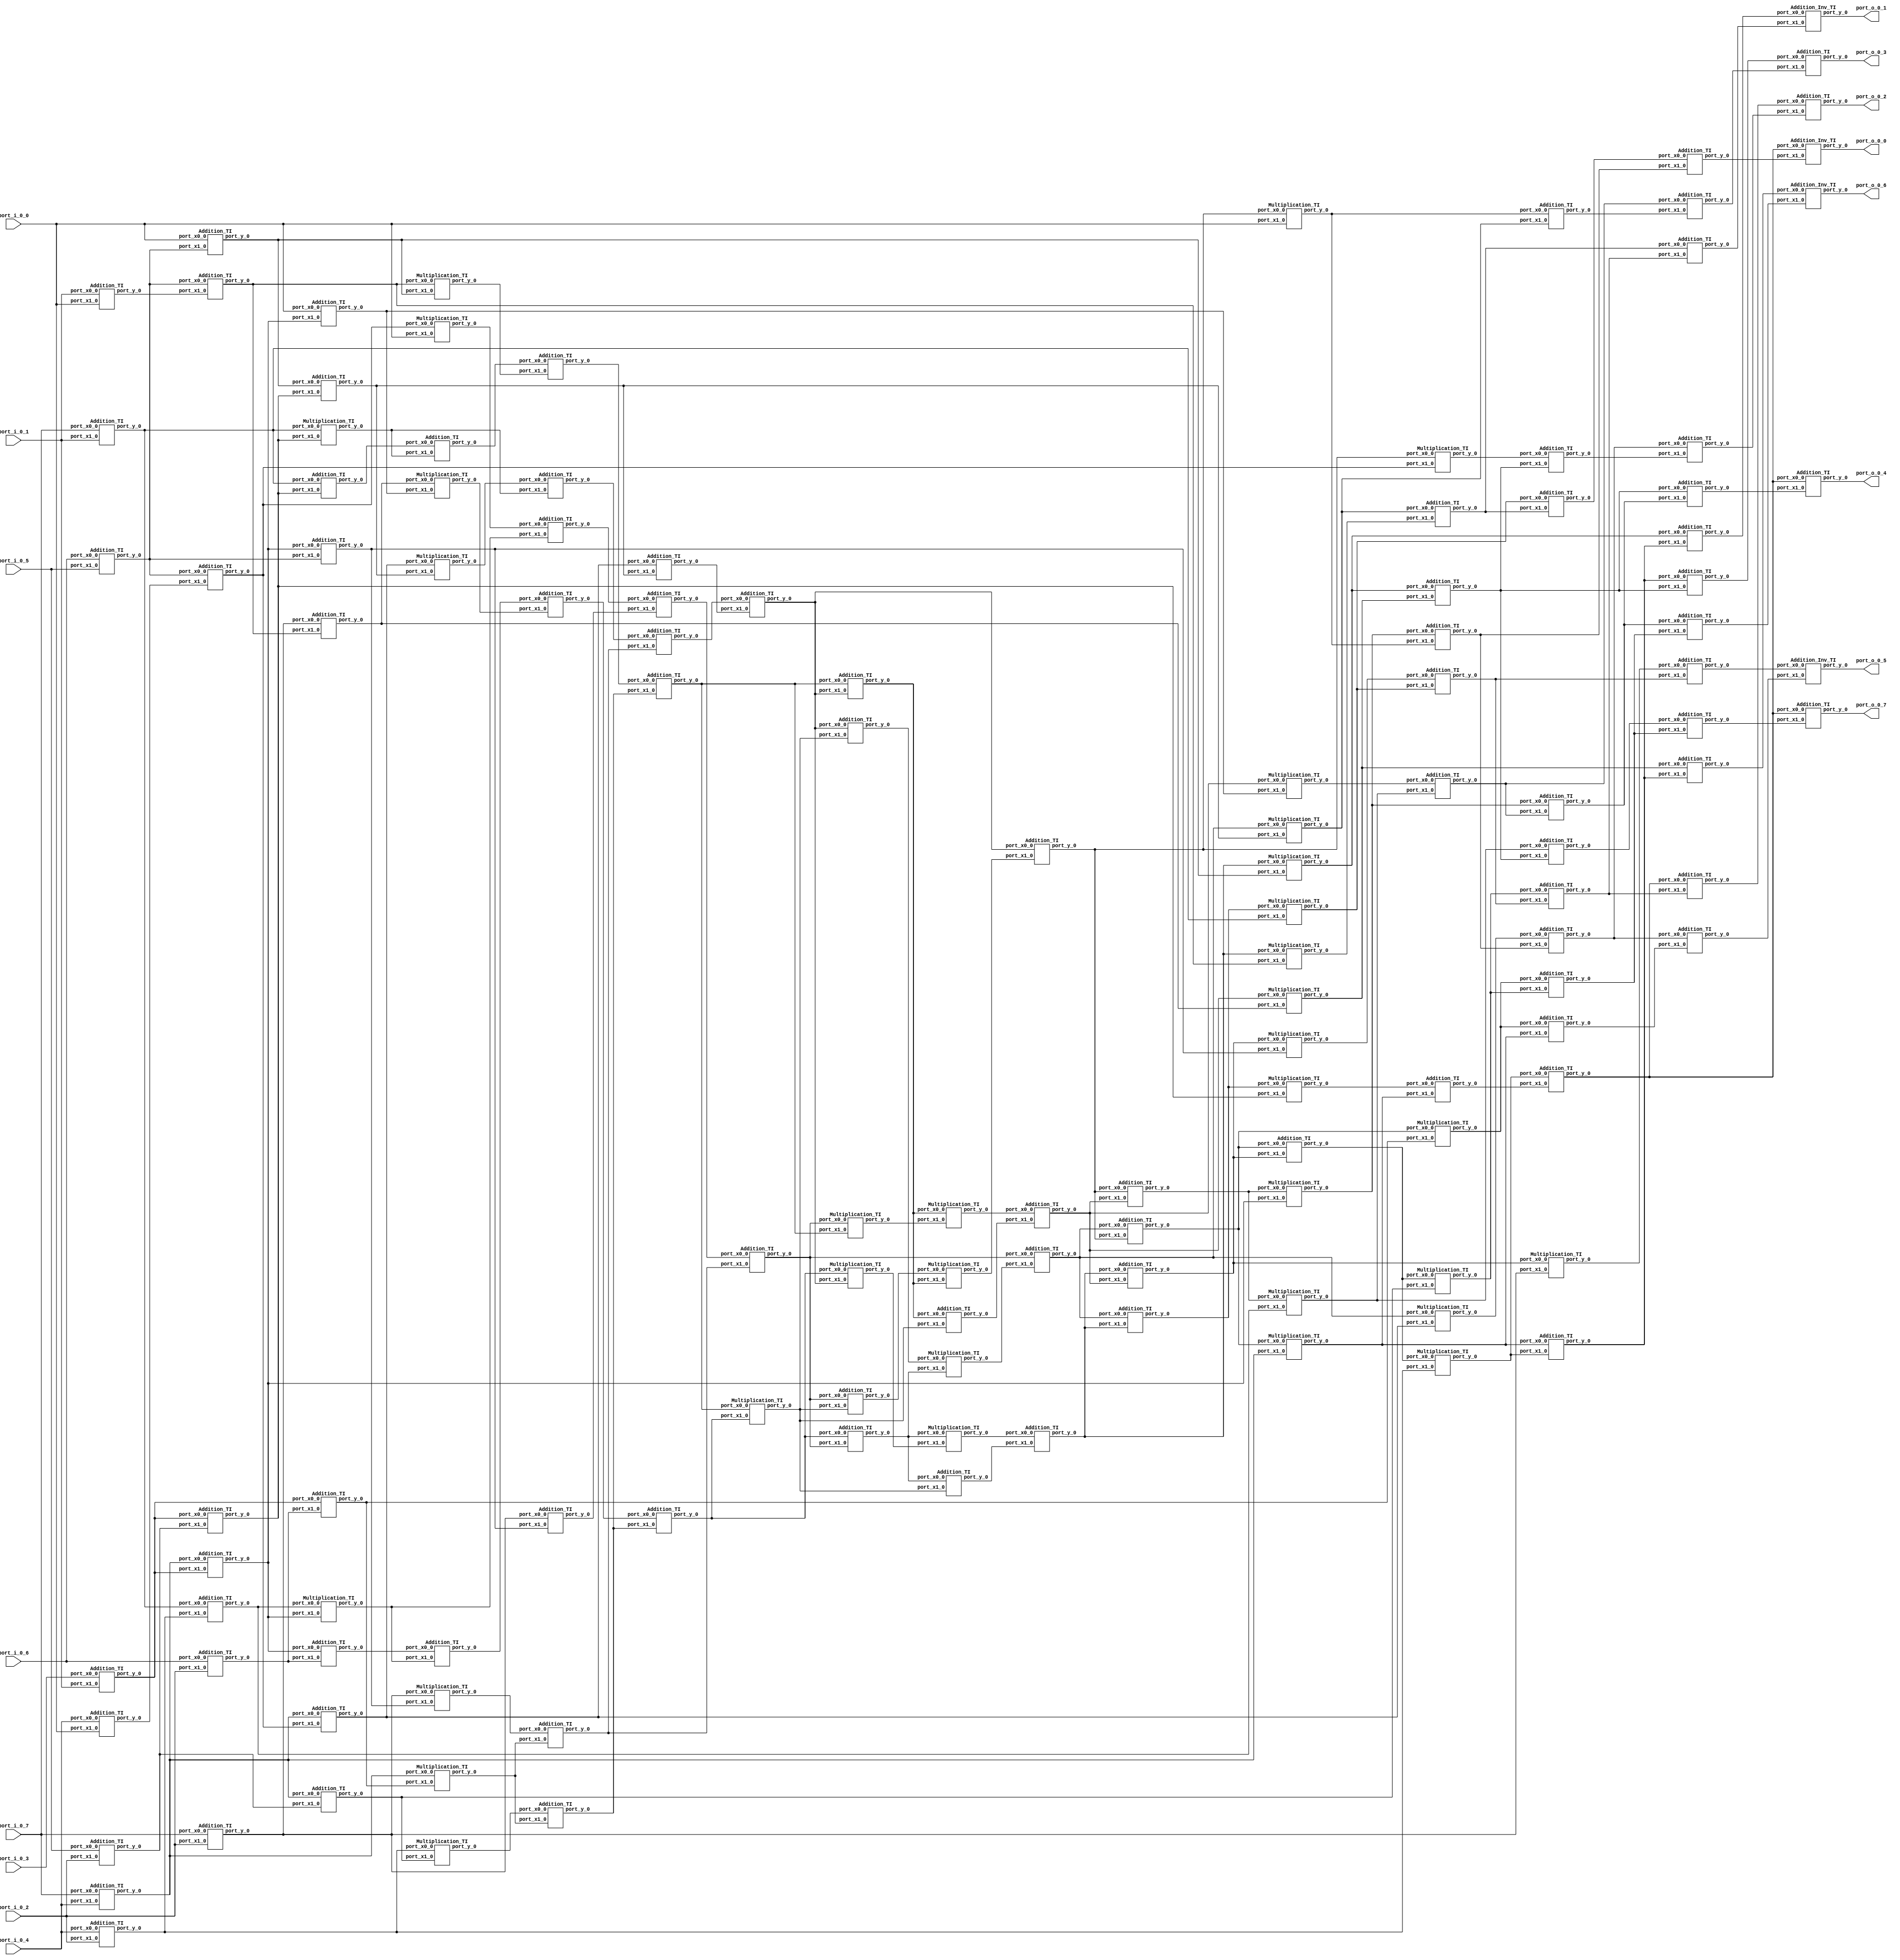
// Generator : SpinalHDL v1.7.3    git head : aeaeece704fe43c766e0d36a93f2ecbb8a9f2003
// Component : Sbox_AES_BoyarPeralta
// Git hash  : db593c14fe8e83f0a4a5d43cf13325e631d65148

`timescale 1ns/1ps

module Sbox_AES_BoyarPeralta (
  input      [2:0]    port_i_0_0,
  input      [2:0]    port_i_0_1,
  input      [2:0]    port_i_0_2,
  input      [2:0]    port_i_0_3,
  input      [2:0]    port_i_0_4,
  input      [2:0]    port_i_0_5,
  input      [2:0]    port_i_0_6,
  input      [2:0]    port_i_0_7,
  output     [2:0]    port_o_0_0,
  output     [2:0]    port_o_0_1,
  output     [2:0]    port_o_0_2,
  output     [2:0]    port_o_0_3,
  output     [2:0]    port_o_0_4,
  output     [2:0]    port_o_0_5,
  output     [2:0]    port_o_0_6,
  output     [2:0]    port_o_0_7
);

  wire       [2:0]    t1_xor_port_y_0;
  wire       [2:0]    t2_xor_port_y_0;
  wire       [2:0]    t3_xor_port_y_0;
  wire       [2:0]    t4_xor_port_y_0;
  wire       [2:0]    t5_xor_port_y_0;
  wire       [2:0]    t6_xor_port_y_0;
  wire       [2:0]    t7_xor_port_y_0;
  wire       [2:0]    t8_xor_port_y_0;
  wire       [2:0]    t9_xor_port_y_0;
  wire       [2:0]    t10_xor_port_y_0;
  wire       [2:0]    t11_xor_port_y_0;
  wire       [2:0]    t12_xor_port_y_0;
  wire       [2:0]    t13_xor_port_y_0;
  wire       [2:0]    t14_xor_port_y_0;
  wire       [2:0]    t15_xor_port_y_0;
  wire       [2:0]    t16_xor_port_y_0;
  wire       [2:0]    t17_xor_port_y_0;
  wire       [2:0]    t18_xor_port_y_0;
  wire       [2:0]    t19_xor_port_y_0;
  wire       [2:0]    t20_xor_port_y_0;
  wire       [2:0]    t21_xor_port_y_0;
  wire       [2:0]    t22_xor_port_y_0;
  wire       [2:0]    t23_xor_port_y_0;
  wire       [2:0]    t24_xor_port_y_0;
  wire       [2:0]    t25_xor_port_y_0;
  wire       [2:0]    t26_xor_port_y_0;
  wire       [2:0]    t27_xor_port_y_0;
  wire       [2:0]    m1_port_y_0;
  wire       [2:0]    m2_port_y_0;
  wire       [2:0]    m4_port_y_0;
  wire       [2:0]    m6_port_y_0;
  wire       [2:0]    m7_port_y_0;
  wire       [2:0]    m9_port_y_0;
  wire       [2:0]    m11_port_y_0;
  wire       [2:0]    m12_port_y_0;
  wire       [2:0]    m14_port_y_0;
  wire       [2:0]    m3_xor_port_y_0;
  wire       [2:0]    m5_xor_port_y_0;
  wire       [2:0]    m8_xor_port_y_0;
  wire       [2:0]    m10_xor_port_y_0;
  wire       [2:0]    m13_xor_port_y_0;
  wire       [2:0]    m15_xor_port_y_0;
  wire       [2:0]    m16_xor_port_y_0;
  wire       [2:0]    m17_xor_port_y_0;
  wire       [2:0]    m18_xor_port_y_0;
  wire       [2:0]    m19_xor_port_y_0;
  wire       [2:0]    m20_xor_port_y_0;
  wire       [2:0]    m21_xor_port_y_0;
  wire       [2:0]    m22_xor_port_y_0;
  wire       [2:0]    m23_xor_port_y_0;
  wire       [2:0]    m24_xor_port_y_0;
  wire       [2:0]    m25_port_y_0;
  wire       [2:0]    m27_xor_port_y_0;
  wire       [2:0]    m31_port_y_0;
  wire       [2:0]    m34_port_y_0;
  wire       [2:0]    m26_xor_port_y_0;
  wire       [2:0]    m28_xor_port_y_0;
  wire       [2:0]    m29_port_y_0;
  wire       [2:0]    m30_port_y_0;
  wire       [2:0]    m32_port_y_0;
  wire       [2:0]    m33_xor_port_y_0;
  wire       [2:0]    m35_port_y_0;
  wire       [2:0]    m36_xor_port_y_0;
  wire       [2:0]    m37_xor_port_y_0;
  wire       [2:0]    m38_xor_port_y_0;
  wire       [2:0]    m39_xor_port_y_0;
  wire       [2:0]    m40_xor_port_y_0;
  wire       [2:0]    m41_xor_port_y_0;
  wire       [2:0]    m42_xor_port_y_0;
  wire       [2:0]    m43_xor_port_y_0;
  wire       [2:0]    m44_xor_port_y_0;
  wire       [2:0]    m45_xor_port_y_0;
  wire       [2:0]    m46_mul_port_y_0;
  wire       [2:0]    m47_mul_port_y_0;
  wire       [2:0]    m48_mul_port_y_0;
  wire       [2:0]    m49_mul_port_y_0;
  wire       [2:0]    m50_mul_port_y_0;
  wire       [2:0]    m51_mul_port_y_0;
  wire       [2:0]    m52_mul_port_y_0;
  wire       [2:0]    m53_mul_port_y_0;
  wire       [2:0]    m54_mul_port_y_0;
  wire       [2:0]    m55_mul_port_y_0;
  wire       [2:0]    m56_mul_port_y_0;
  wire       [2:0]    m57_mul_port_y_0;
  wire       [2:0]    m58_mul_port_y_0;
  wire       [2:0]    m59_mul_port_y_0;
  wire       [2:0]    m60_mul_port_y_0;
  wire       [2:0]    m61_mul_port_y_0;
  wire       [2:0]    m62_mul_port_y_0;
  wire       [2:0]    m63_mul_port_y_0;
  wire       [2:0]    l0_xor_port_y_0;
  wire       [2:0]    l1_xor_port_y_0;
  wire       [2:0]    l2_xor_port_y_0;
  wire       [2:0]    l3_xor_port_y_0;
  wire       [2:0]    l4_xor_port_y_0;
  wire       [2:0]    l5_xor_port_y_0;
  wire       [2:0]    l6_xor_port_y_0;
  wire       [2:0]    l7_xor_port_y_0;
  wire       [2:0]    l8_xor_port_y_0;
  wire       [2:0]    l9_xor_port_y_0;
  wire       [2:0]    l10_xor_port_y_0;
  wire       [2:0]    l11_xor_port_y_0;
  wire       [2:0]    l12_xor_port_y_0;
  wire       [2:0]    l13_xor_port_y_0;
  wire       [2:0]    l14_xor_port_y_0;
  wire       [2:0]    l15_xor_port_y_0;
  wire       [2:0]    l16_xor_port_y_0;
  wire       [2:0]    l17_xor_port_y_0;
  wire       [2:0]    l18_xor_port_y_0;
  wire       [2:0]    l19_xor_port_y_0;
  wire       [2:0]    l20_xor_port_y_0;
  wire       [2:0]    l21_xor_port_y_0;
  wire       [2:0]    l22_xor_port_y_0;
  wire       [2:0]    l23_xor_port_y_0;
  wire       [2:0]    l24_xor_port_y_0;
  wire       [2:0]    l25_xor_port_y_0;
  wire       [2:0]    l26_xor_port_y_0;
  wire       [2:0]    l27_xor_port_y_0;
  wire       [2:0]    l28_xor_port_y_0;
  wire       [2:0]    l29_xor_port_y_0;
  wire       [2:0]    s0_port_y_0;
  wire       [2:0]    s1_port_y_0;
  wire       [2:0]    s2_port_y_0;
  wire       [2:0]    s3_port_y_0;
  wire       [2:0]    s4_port_y_0;
  wire       [2:0]    s5_port_y_0;
  wire       [2:0]    s6_port_y_0;
  wire       [2:0]    s7_port_y_0;
  wire       [2:0]    in_x0_0;
  wire       [2:0]    in_x1_0;
  wire       [2:0]    in_x2_0;
  wire       [2:0]    in_x3_0;
  wire       [2:0]    in_x4_0;
  wire       [2:0]    in_x5_0;
  wire       [2:0]    in_x6_0;
  wire       [2:0]    in_x7_0;
  wire       [2:0]    out_y0_0;
  wire       [2:0]    out_y1_0;
  wire       [2:0]    out_y2_0;
  wire       [2:0]    out_y3_0;
  wire       [2:0]    out_y4_0;
  wire       [2:0]    out_y5_0;
  wire       [2:0]    out_y6_0;
  wire       [2:0]    out_y7_0;
  wire       [2:0]    x7_0;
  wire       [2:0]    t1_0;
  wire       [2:0]    t2_0;
  wire       [2:0]    t3_0;
  wire       [2:0]    t4_0;
  wire       [2:0]    t6_0;
  wire       [2:0]    t7_0;
  wire       [2:0]    t8_0;
  wire       [2:0]    t9_0;
  wire       [2:0]    t10_0;
  wire       [2:0]    t13_0;
  wire       [2:0]    t14_0;
  wire       [2:0]    t15_0;
  wire       [2:0]    t16_0;
  wire       [2:0]    t17_0;
  wire       [2:0]    t19_0;
  wire       [2:0]    t20_0;
  wire       [2:0]    t22_0;
  wire       [2:0]    t23_0;
  wire       [2:0]    t24_0;
  wire       [2:0]    t25_0;
  wire       [2:0]    t26_0;
  wire       [2:0]    t27_0;
  wire       [2:0]    x7_1_0;
  wire       [2:0]    t1_1_0;
  wire       [2:0]    t2_1_0;
  wire       [2:0]    t3_1_0;
  wire       [2:0]    t4_1_0;
  wire       [2:0]    t6_1_0;
  wire       [2:0]    t8_1_0;
  wire       [2:0]    t9_1_0;
  wire       [2:0]    t10_1_0;
  wire       [2:0]    t13_1_0;
  wire       [2:0]    t15_1_0;
  wire       [2:0]    t16_1_0;
  wire       [2:0]    t17_1_0;
  wire       [2:0]    t19_1_0;
  wire       [2:0]    t20_1_0;
  wire       [2:0]    t22_1_0;
  wire       [2:0]    t23_1_0;
  wire       [2:0]    t27_1_0;
  wire       [2:0]    m21_0;
  wire       [2:0]    m23_0;
  wire       [2:0]    m24_0;
  wire       [2:0]    m27_0;
  wire       [2:0]    x7_2_0;
  wire       [2:0]    t1_2_0;
  wire       [2:0]    t2_2_0;
  wire       [2:0]    t3_2_0;
  wire       [2:0]    t4_2_0;
  wire       [2:0]    t6_2_0;
  wire       [2:0]    t8_2_0;
  wire       [2:0]    t9_2_0;
  wire       [2:0]    t10_2_0;
  wire       [2:0]    t13_2_0;
  wire       [2:0]    t15_2_0;
  wire       [2:0]    t16_2_0;
  wire       [2:0]    t17_2_0;
  wire       [2:0]    t19_2_0;
  wire       [2:0]    t20_2_0;
  wire       [2:0]    t22_2_0;
  wire       [2:0]    t23_2_0;
  wire       [2:0]    t27_2_0;
  wire       [2:0]    m21_1_0;
  wire       [2:0]    m23_1_0;
  wire       [2:0]    m33_0;
  wire       [2:0]    m36_0;

  Addition_TI t1_xor (
    .port_x0_0 (in_x0_0[2:0]        ), //i
    .port_x1_0 (in_x3_0[2:0]        ), //i
    .port_y_0  (t1_xor_port_y_0[2:0])  //o
  );
  Addition_TI t2_xor (
    .port_x0_0 (in_x0_0[2:0]        ), //i
    .port_x1_0 (in_x5_0[2:0]        ), //i
    .port_y_0  (t2_xor_port_y_0[2:0])  //o
  );
  Addition_TI t3_xor (
    .port_x0_0 (in_x0_0[2:0]        ), //i
    .port_x1_0 (in_x6_0[2:0]        ), //i
    .port_y_0  (t3_xor_port_y_0[2:0])  //o
  );
  Addition_TI t4_xor (
    .port_x0_0 (in_x3_0[2:0]        ), //i
    .port_x1_0 (in_x5_0[2:0]        ), //i
    .port_y_0  (t4_xor_port_y_0[2:0])  //o
  );
  Addition_TI t5_xor (
    .port_x0_0 (in_x4_0[2:0]        ), //i
    .port_x1_0 (in_x6_0[2:0]        ), //i
    .port_y_0  (t5_xor_port_y_0[2:0])  //o
  );
  Addition_TI t6_xor (
    .port_x0_0 (t1_xor_port_y_0[2:0]), //i
    .port_x1_0 (t5_xor_port_y_0[2:0]), //i
    .port_y_0  (t6_xor_port_y_0[2:0])  //o
  );
  Addition_TI t7_xor (
    .port_x0_0 (in_x1_0[2:0]        ), //i
    .port_x1_0 (in_x2_0[2:0]        ), //i
    .port_y_0  (t7_xor_port_y_0[2:0])  //o
  );
  Addition_TI t8_xor (
    .port_x0_0 (in_x7_0[2:0]        ), //i
    .port_x1_0 (t6_xor_port_y_0[2:0]), //i
    .port_y_0  (t8_xor_port_y_0[2:0])  //o
  );
  Addition_TI t9_xor (
    .port_x0_0 (in_x7_0[2:0]        ), //i
    .port_x1_0 (t7_xor_port_y_0[2:0]), //i
    .port_y_0  (t9_xor_port_y_0[2:0])  //o
  );
  Addition_TI t10_xor (
    .port_x0_0 (t6_xor_port_y_0[2:0] ), //i
    .port_x1_0 (t7_xor_port_y_0[2:0] ), //i
    .port_y_0  (t10_xor_port_y_0[2:0])  //o
  );
  Addition_TI t11_xor (
    .port_x0_0 (in_x1_0[2:0]         ), //i
    .port_x1_0 (in_x5_0[2:0]         ), //i
    .port_y_0  (t11_xor_port_y_0[2:0])  //o
  );
  Addition_TI t12_xor (
    .port_x0_0 (in_x2_0[2:0]         ), //i
    .port_x1_0 (in_x5_0[2:0]         ), //i
    .port_y_0  (t12_xor_port_y_0[2:0])  //o
  );
  Addition_TI t13_xor (
    .port_x0_0 (t3_xor_port_y_0[2:0] ), //i
    .port_x1_0 (t4_xor_port_y_0[2:0] ), //i
    .port_y_0  (t13_xor_port_y_0[2:0])  //o
  );
  Addition_TI t14_xor (
    .port_x0_0 (t6_xor_port_y_0[2:0] ), //i
    .port_x1_0 (t11_xor_port_y_0[2:0]), //i
    .port_y_0  (t14_xor_port_y_0[2:0])  //o
  );
  Addition_TI t15_xor (
    .port_x0_0 (t5_xor_port_y_0[2:0] ), //i
    .port_x1_0 (t11_xor_port_y_0[2:0]), //i
    .port_y_0  (t15_xor_port_y_0[2:0])  //o
  );
  Addition_TI t16_xor (
    .port_x0_0 (t5_xor_port_y_0[2:0] ), //i
    .port_x1_0 (t12_xor_port_y_0[2:0]), //i
    .port_y_0  (t16_xor_port_y_0[2:0])  //o
  );
  Addition_TI t17_xor (
    .port_x0_0 (t9_xor_port_y_0[2:0] ), //i
    .port_x1_0 (t16_xor_port_y_0[2:0]), //i
    .port_y_0  (t17_xor_port_y_0[2:0])  //o
  );
  Addition_TI t18_xor (
    .port_x0_0 (in_x3_0[2:0]         ), //i
    .port_x1_0 (in_x7_0[2:0]         ), //i
    .port_y_0  (t18_xor_port_y_0[2:0])  //o
  );
  Addition_TI t19_xor (
    .port_x0_0 (t7_xor_port_y_0[2:0] ), //i
    .port_x1_0 (t18_xor_port_y_0[2:0]), //i
    .port_y_0  (t19_xor_port_y_0[2:0])  //o
  );
  Addition_TI t20_xor (
    .port_x0_0 (t1_xor_port_y_0[2:0] ), //i
    .port_x1_0 (t19_xor_port_y_0[2:0]), //i
    .port_y_0  (t20_xor_port_y_0[2:0])  //o
  );
  Addition_TI t21_xor (
    .port_x0_0 (in_x6_0[2:0]         ), //i
    .port_x1_0 (in_x7_0[2:0]         ), //i
    .port_y_0  (t21_xor_port_y_0[2:0])  //o
  );
  Addition_TI t22_xor (
    .port_x0_0 (t7_xor_port_y_0[2:0] ), //i
    .port_x1_0 (t21_xor_port_y_0[2:0]), //i
    .port_y_0  (t22_xor_port_y_0[2:0])  //o
  );
  Addition_TI t23_xor (
    .port_x0_0 (t2_xor_port_y_0[2:0] ), //i
    .port_x1_0 (t22_xor_port_y_0[2:0]), //i
    .port_y_0  (t23_xor_port_y_0[2:0])  //o
  );
  Addition_TI t24_xor (
    .port_x0_0 (t2_xor_port_y_0[2:0] ), //i
    .port_x1_0 (t10_xor_port_y_0[2:0]), //i
    .port_y_0  (t24_xor_port_y_0[2:0])  //o
  );
  Addition_TI t25_xor (
    .port_x0_0 (t20_xor_port_y_0[2:0]), //i
    .port_x1_0 (t17_xor_port_y_0[2:0]), //i
    .port_y_0  (t25_xor_port_y_0[2:0])  //o
  );
  Addition_TI t26_xor (
    .port_x0_0 (t3_xor_port_y_0[2:0] ), //i
    .port_x1_0 (t16_xor_port_y_0[2:0]), //i
    .port_y_0  (t26_xor_port_y_0[2:0])  //o
  );
  Addition_TI t27_xor (
    .port_x0_0 (t1_xor_port_y_0[2:0] ), //i
    .port_x1_0 (t12_xor_port_y_0[2:0]), //i
    .port_y_0  (t27_xor_port_y_0[2:0])  //o
  );
  Multiplication_TI m1 (
    .port_x0_0 (t13_xor_port_y_0[2:0]), //i
    .port_x1_0 (t6_xor_port_y_0[2:0] ), //i
    .port_y_0  (m1_port_y_0[2:0]     )  //o
  );
  Multiplication_TI m2 (
    .port_x0_0 (t23_xor_port_y_0[2:0]), //i
    .port_x1_0 (t8_xor_port_y_0[2:0] ), //i
    .port_y_0  (m2_port_y_0[2:0]     )  //o
  );
  Multiplication_TI m4 (
    .port_x0_0 (t19_xor_port_y_0[2:0]), //i
    .port_x1_0 (in_x7_0[2:0]         ), //i
    .port_y_0  (m4_port_y_0[2:0]     )  //o
  );
  Multiplication_TI m6 (
    .port_x0_0 (t3_xor_port_y_0[2:0] ), //i
    .port_x1_0 (t16_xor_port_y_0[2:0]), //i
    .port_y_0  (m6_port_y_0[2:0]     )  //o
  );
  Multiplication_TI m7 (
    .port_x0_0 (t22_xor_port_y_0[2:0]), //i
    .port_x1_0 (t9_xor_port_y_0[2:0] ), //i
    .port_y_0  (m7_port_y_0[2:0]     )  //o
  );
  Multiplication_TI m9 (
    .port_x0_0 (t20_xor_port_y_0[2:0]), //i
    .port_x1_0 (t17_xor_port_y_0[2:0]), //i
    .port_y_0  (m9_port_y_0[2:0]     )  //o
  );
  Multiplication_TI m11 (
    .port_x0_0 (t1_xor_port_y_0[2:0] ), //i
    .port_x1_0 (t15_xor_port_y_0[2:0]), //i
    .port_y_0  (m11_port_y_0[2:0]    )  //o
  );
  Multiplication_TI m12 (
    .port_x0_0 (t4_xor_port_y_0[2:0] ), //i
    .port_x1_0 (t27_xor_port_y_0[2:0]), //i
    .port_y_0  (m12_port_y_0[2:0]    )  //o
  );
  Multiplication_TI m14 (
    .port_x0_0 (t2_xor_port_y_0[2:0] ), //i
    .port_x1_0 (t10_xor_port_y_0[2:0]), //i
    .port_y_0  (m14_port_y_0[2:0]    )  //o
  );
  Addition_TI m3_xor (
    .port_x0_0 (t14_0[2:0]          ), //i
    .port_x1_0 (m1_port_y_0[2:0]    ), //i
    .port_y_0  (m3_xor_port_y_0[2:0])  //o
  );
  Addition_TI m5_xor (
    .port_x0_0 (m4_port_y_0[2:0]    ), //i
    .port_x1_0 (m1_port_y_0[2:0]    ), //i
    .port_y_0  (m5_xor_port_y_0[2:0])  //o
  );
  Addition_TI m8_xor (
    .port_x0_0 (t26_0[2:0]          ), //i
    .port_x1_0 (m6_port_y_0[2:0]    ), //i
    .port_y_0  (m8_xor_port_y_0[2:0])  //o
  );
  Addition_TI m10_xor (
    .port_x0_0 (m9_port_y_0[2:0]     ), //i
    .port_x1_0 (m6_port_y_0[2:0]     ), //i
    .port_y_0  (m10_xor_port_y_0[2:0])  //o
  );
  Addition_TI m13_xor (
    .port_x0_0 (m12_port_y_0[2:0]    ), //i
    .port_x1_0 (m11_port_y_0[2:0]    ), //i
    .port_y_0  (m13_xor_port_y_0[2:0])  //o
  );
  Addition_TI m15_xor (
    .port_x0_0 (m14_port_y_0[2:0]    ), //i
    .port_x1_0 (m11_port_y_0[2:0]    ), //i
    .port_y_0  (m15_xor_port_y_0[2:0])  //o
  );
  Addition_TI m16_xor (
    .port_x0_0 (m3_xor_port_y_0[2:0] ), //i
    .port_x1_0 (m2_port_y_0[2:0]     ), //i
    .port_y_0  (m16_xor_port_y_0[2:0])  //o
  );
  Addition_TI m17_xor (
    .port_x0_0 (m5_xor_port_y_0[2:0] ), //i
    .port_x1_0 (t24_0[2:0]           ), //i
    .port_y_0  (m17_xor_port_y_0[2:0])  //o
  );
  Addition_TI m18_xor (
    .port_x0_0 (m8_xor_port_y_0[2:0] ), //i
    .port_x1_0 (m7_port_y_0[2:0]     ), //i
    .port_y_0  (m18_xor_port_y_0[2:0])  //o
  );
  Addition_TI m19_xor (
    .port_x0_0 (m10_xor_port_y_0[2:0]), //i
    .port_x1_0 (m15_xor_port_y_0[2:0]), //i
    .port_y_0  (m19_xor_port_y_0[2:0])  //o
  );
  Addition_TI m20_xor (
    .port_x0_0 (m16_xor_port_y_0[2:0]), //i
    .port_x1_0 (m13_xor_port_y_0[2:0]), //i
    .port_y_0  (m20_xor_port_y_0[2:0])  //o
  );
  Addition_TI m21_xor (
    .port_x0_0 (m17_xor_port_y_0[2:0]), //i
    .port_x1_0 (m15_xor_port_y_0[2:0]), //i
    .port_y_0  (m21_xor_port_y_0[2:0])  //o
  );
  Addition_TI m22_xor (
    .port_x0_0 (m18_xor_port_y_0[2:0]), //i
    .port_x1_0 (m13_xor_port_y_0[2:0]), //i
    .port_y_0  (m22_xor_port_y_0[2:0])  //o
  );
  Addition_TI m23_xor (
    .port_x0_0 (m19_xor_port_y_0[2:0]), //i
    .port_x1_0 (t25_0[2:0]           ), //i
    .port_y_0  (m23_xor_port_y_0[2:0])  //o
  );
  Addition_TI m24_xor (
    .port_x0_0 (m22_xor_port_y_0[2:0]), //i
    .port_x1_0 (m23_xor_port_y_0[2:0]), //i
    .port_y_0  (m24_xor_port_y_0[2:0])  //o
  );
  Multiplication_TI m25 (
    .port_x0_0 (m22_xor_port_y_0[2:0]), //i
    .port_x1_0 (m20_xor_port_y_0[2:0]), //i
    .port_y_0  (m25_port_y_0[2:0]    )  //o
  );
  Addition_TI m27_xor (
    .port_x0_0 (m20_xor_port_y_0[2:0]), //i
    .port_x1_0 (m21_xor_port_y_0[2:0]), //i
    .port_y_0  (m27_xor_port_y_0[2:0])  //o
  );
  Multiplication_TI m31 (
    .port_x0_0 (m20_xor_port_y_0[2:0]), //i
    .port_x1_0 (m23_xor_port_y_0[2:0]), //i
    .port_y_0  (m31_port_y_0[2:0]    )  //o
  );
  Multiplication_TI m34 (
    .port_x0_0 (m21_xor_port_y_0[2:0]), //i
    .port_x1_0 (m22_xor_port_y_0[2:0]), //i
    .port_y_0  (m34_port_y_0[2:0]    )  //o
  );
  Addition_TI m26_xor (
    .port_x0_0 (m21_0[2:0]           ), //i
    .port_x1_0 (m25_port_y_0[2:0]    ), //i
    .port_y_0  (m26_xor_port_y_0[2:0])  //o
  );
  Addition_TI m28_xor (
    .port_x0_0 (m23_0[2:0]           ), //i
    .port_x1_0 (m25_port_y_0[2:0]    ), //i
    .port_y_0  (m28_xor_port_y_0[2:0])  //o
  );
  Multiplication_TI m29 (
    .port_x0_0 (m28_xor_port_y_0[2:0]), //i
    .port_x1_0 (m27_0[2:0]           ), //i
    .port_y_0  (m29_port_y_0[2:0]    )  //o
  );
  Multiplication_TI m30 (
    .port_x0_0 (m26_xor_port_y_0[2:0]), //i
    .port_x1_0 (m24_0[2:0]           ), //i
    .port_y_0  (m30_port_y_0[2:0]    )  //o
  );
  Multiplication_TI m32 (
    .port_x0_0 (m27_0[2:0]       ), //i
    .port_x1_0 (m31_port_y_0[2:0]), //i
    .port_y_0  (m32_port_y_0[2:0])  //o
  );
  Addition_TI m33_xor (
    .port_x0_0 (m27_0[2:0]           ), //i
    .port_x1_0 (m25_port_y_0[2:0]    ), //i
    .port_y_0  (m33_xor_port_y_0[2:0])  //o
  );
  Multiplication_TI m35 (
    .port_x0_0 (m24_0[2:0]       ), //i
    .port_x1_0 (m34_port_y_0[2:0]), //i
    .port_y_0  (m35_port_y_0[2:0])  //o
  );
  Addition_TI m36_xor (
    .port_x0_0 (m24_0[2:0]           ), //i
    .port_x1_0 (m25_port_y_0[2:0]    ), //i
    .port_y_0  (m36_xor_port_y_0[2:0])  //o
  );
  Addition_TI m37_xor (
    .port_x0_0 (m21_1_0[2:0]         ), //i
    .port_x1_0 (m29_port_y_0[2:0]    ), //i
    .port_y_0  (m37_xor_port_y_0[2:0])  //o
  );
  Addition_TI m38_xor (
    .port_x0_0 (m32_port_y_0[2:0]    ), //i
    .port_x1_0 (m33_0[2:0]           ), //i
    .port_y_0  (m38_xor_port_y_0[2:0])  //o
  );
  Addition_TI m39_xor (
    .port_x0_0 (m23_1_0[2:0]         ), //i
    .port_x1_0 (m30_port_y_0[2:0]    ), //i
    .port_y_0  (m39_xor_port_y_0[2:0])  //o
  );
  Addition_TI m40_xor (
    .port_x0_0 (m35_port_y_0[2:0]    ), //i
    .port_x1_0 (m36_0[2:0]           ), //i
    .port_y_0  (m40_xor_port_y_0[2:0])  //o
  );
  Addition_TI m41_xor (
    .port_x0_0 (m38_xor_port_y_0[2:0]), //i
    .port_x1_0 (m40_xor_port_y_0[2:0]), //i
    .port_y_0  (m41_xor_port_y_0[2:0])  //o
  );
  Addition_TI m42_xor (
    .port_x0_0 (m37_xor_port_y_0[2:0]), //i
    .port_x1_0 (m39_xor_port_y_0[2:0]), //i
    .port_y_0  (m42_xor_port_y_0[2:0])  //o
  );
  Addition_TI m43_xor (
    .port_x0_0 (m37_xor_port_y_0[2:0]), //i
    .port_x1_0 (m38_xor_port_y_0[2:0]), //i
    .port_y_0  (m43_xor_port_y_0[2:0])  //o
  );
  Addition_TI m44_xor (
    .port_x0_0 (m39_xor_port_y_0[2:0]), //i
    .port_x1_0 (m40_xor_port_y_0[2:0]), //i
    .port_y_0  (m44_xor_port_y_0[2:0])  //o
  );
  Addition_TI m45_xor (
    .port_x0_0 (m42_xor_port_y_0[2:0]), //i
    .port_x1_0 (m41_xor_port_y_0[2:0]), //i
    .port_y_0  (m45_xor_port_y_0[2:0])  //o
  );
  Multiplication_TI m46_mul (
    .port_x0_0 (m44_xor_port_y_0[2:0]), //i
    .port_x1_0 (t6_2_0[2:0]          ), //i
    .port_y_0  (m46_mul_port_y_0[2:0])  //o
  );
  Multiplication_TI m47_mul (
    .port_x0_0 (m40_xor_port_y_0[2:0]), //i
    .port_x1_0 (t8_2_0[2:0]          ), //i
    .port_y_0  (m47_mul_port_y_0[2:0])  //o
  );
  Multiplication_TI m48_mul (
    .port_x0_0 (m39_xor_port_y_0[2:0]), //i
    .port_x1_0 (x7_2_0[2:0]          ), //i
    .port_y_0  (m48_mul_port_y_0[2:0])  //o
  );
  Multiplication_TI m49_mul (
    .port_x0_0 (m43_xor_port_y_0[2:0]), //i
    .port_x1_0 (t16_1_0[2:0]         ), //i
    .port_y_0  (m49_mul_port_y_0[2:0])  //o
  );
  Multiplication_TI m50_mul (
    .port_x0_0 (m38_xor_port_y_0[2:0]), //i
    .port_x1_0 (t9_2_0[2:0]          ), //i
    .port_y_0  (m50_mul_port_y_0[2:0])  //o
  );
  Multiplication_TI m51_mul (
    .port_x0_0 (m37_xor_port_y_0[2:0]), //i
    .port_x1_0 (t17_2_0[2:0]         ), //i
    .port_y_0  (m51_mul_port_y_0[2:0])  //o
  );
  Multiplication_TI m52_mul (
    .port_x0_0 (m42_xor_port_y_0[2:0]), //i
    .port_x1_0 (t15_2_0[2:0]         ), //i
    .port_y_0  (m52_mul_port_y_0[2:0])  //o
  );
  Multiplication_TI m53_mul (
    .port_x0_0 (m45_xor_port_y_0[2:0]), //i
    .port_x1_0 (t27_2_0[2:0]         ), //i
    .port_y_0  (m53_mul_port_y_0[2:0])  //o
  );
  Multiplication_TI m54_mul (
    .port_x0_0 (m41_xor_port_y_0[2:0]), //i
    .port_x1_0 (t10_2_0[2:0]         ), //i
    .port_y_0  (m54_mul_port_y_0[2:0])  //o
  );
  Multiplication_TI m55_mul (
    .port_x0_0 (m44_xor_port_y_0[2:0]), //i
    .port_x1_0 (t13_2_0[2:0]         ), //i
    .port_y_0  (m55_mul_port_y_0[2:0])  //o
  );
  Multiplication_TI m56_mul (
    .port_x0_0 (m40_xor_port_y_0[2:0]), //i
    .port_x1_0 (t23_2_0[2:0]         ), //i
    .port_y_0  (m56_mul_port_y_0[2:0])  //o
  );
  Multiplication_TI m57_mul (
    .port_x0_0 (m39_xor_port_y_0[2:0]), //i
    .port_x1_0 (t19_2_0[2:0]         ), //i
    .port_y_0  (m57_mul_port_y_0[2:0])  //o
  );
  Multiplication_TI m58_mul (
    .port_x0_0 (m43_xor_port_y_0[2:0]), //i
    .port_x1_0 (t3_2_0[2:0]          ), //i
    .port_y_0  (m58_mul_port_y_0[2:0])  //o
  );
  Multiplication_TI m59_mul (
    .port_x0_0 (m38_xor_port_y_0[2:0]), //i
    .port_x1_0 (t22_2_0[2:0]         ), //i
    .port_y_0  (m59_mul_port_y_0[2:0])  //o
  );
  Multiplication_TI m60_mul (
    .port_x0_0 (m37_xor_port_y_0[2:0]), //i
    .port_x1_0 (t20_2_0[2:0]         ), //i
    .port_y_0  (m60_mul_port_y_0[2:0])  //o
  );
  Multiplication_TI m61_mul (
    .port_x0_0 (m42_xor_port_y_0[2:0]), //i
    .port_x1_0 (t1_2_0[2:0]          ), //i
    .port_y_0  (m61_mul_port_y_0[2:0])  //o
  );
  Multiplication_TI m62_mul (
    .port_x0_0 (m45_xor_port_y_0[2:0]), //i
    .port_x1_0 (t4_2_0[2:0]          ), //i
    .port_y_0  (m62_mul_port_y_0[2:0])  //o
  );
  Multiplication_TI m63_mul (
    .port_x0_0 (m41_xor_port_y_0[2:0]), //i
    .port_x1_0 (t2_2_0[2:0]          ), //i
    .port_y_0  (m63_mul_port_y_0[2:0])  //o
  );
  Addition_TI l0_xor (
    .port_x0_0 (m61_mul_port_y_0[2:0]), //i
    .port_x1_0 (m62_mul_port_y_0[2:0]), //i
    .port_y_0  (l0_xor_port_y_0[2:0] )  //o
  );
  Addition_TI l1_xor (
    .port_x0_0 (m50_mul_port_y_0[2:0]), //i
    .port_x1_0 (m56_mul_port_y_0[2:0]), //i
    .port_y_0  (l1_xor_port_y_0[2:0] )  //o
  );
  Addition_TI l2_xor (
    .port_x0_0 (m46_mul_port_y_0[2:0]), //i
    .port_x1_0 (m48_mul_port_y_0[2:0]), //i
    .port_y_0  (l2_xor_port_y_0[2:0] )  //o
  );
  Addition_TI l3_xor (
    .port_x0_0 (m47_mul_port_y_0[2:0]), //i
    .port_x1_0 (m55_mul_port_y_0[2:0]), //i
    .port_y_0  (l3_xor_port_y_0[2:0] )  //o
  );
  Addition_TI l4_xor (
    .port_x0_0 (m54_mul_port_y_0[2:0]), //i
    .port_x1_0 (m58_mul_port_y_0[2:0]), //i
    .port_y_0  (l4_xor_port_y_0[2:0] )  //o
  );
  Addition_TI l5_xor (
    .port_x0_0 (m49_mul_port_y_0[2:0]), //i
    .port_x1_0 (m61_mul_port_y_0[2:0]), //i
    .port_y_0  (l5_xor_port_y_0[2:0] )  //o
  );
  Addition_TI l6_xor (
    .port_x0_0 (m62_mul_port_y_0[2:0]), //i
    .port_x1_0 (l5_xor_port_y_0[2:0] ), //i
    .port_y_0  (l6_xor_port_y_0[2:0] )  //o
  );
  Addition_TI l7_xor (
    .port_x0_0 (m46_mul_port_y_0[2:0]), //i
    .port_x1_0 (l3_xor_port_y_0[2:0] ), //i
    .port_y_0  (l7_xor_port_y_0[2:0] )  //o
  );
  Addition_TI l8_xor (
    .port_x0_0 (m51_mul_port_y_0[2:0]), //i
    .port_x1_0 (m59_mul_port_y_0[2:0]), //i
    .port_y_0  (l8_xor_port_y_0[2:0] )  //o
  );
  Addition_TI l9_xor (
    .port_x0_0 (m52_mul_port_y_0[2:0]), //i
    .port_x1_0 (m53_mul_port_y_0[2:0]), //i
    .port_y_0  (l9_xor_port_y_0[2:0] )  //o
  );
  Addition_TI l10_xor (
    .port_x0_0 (m53_mul_port_y_0[2:0]), //i
    .port_x1_0 (l4_xor_port_y_0[2:0] ), //i
    .port_y_0  (l10_xor_port_y_0[2:0])  //o
  );
  Addition_TI l11_xor (
    .port_x0_0 (m60_mul_port_y_0[2:0]), //i
    .port_x1_0 (l2_xor_port_y_0[2:0] ), //i
    .port_y_0  (l11_xor_port_y_0[2:0])  //o
  );
  Addition_TI l12_xor (
    .port_x0_0 (m48_mul_port_y_0[2:0]), //i
    .port_x1_0 (m51_mul_port_y_0[2:0]), //i
    .port_y_0  (l12_xor_port_y_0[2:0])  //o
  );
  Addition_TI l13_xor (
    .port_x0_0 (m50_mul_port_y_0[2:0]), //i
    .port_x1_0 (l0_xor_port_y_0[2:0] ), //i
    .port_y_0  (l13_xor_port_y_0[2:0])  //o
  );
  Addition_TI l14_xor (
    .port_x0_0 (m52_mul_port_y_0[2:0]), //i
    .port_x1_0 (m61_mul_port_y_0[2:0]), //i
    .port_y_0  (l14_xor_port_y_0[2:0])  //o
  );
  Addition_TI l15_xor (
    .port_x0_0 (m55_mul_port_y_0[2:0]), //i
    .port_x1_0 (l1_xor_port_y_0[2:0] ), //i
    .port_y_0  (l15_xor_port_y_0[2:0])  //o
  );
  Addition_TI l16_xor (
    .port_x0_0 (m56_mul_port_y_0[2:0]), //i
    .port_x1_0 (l0_xor_port_y_0[2:0] ), //i
    .port_y_0  (l16_xor_port_y_0[2:0])  //o
  );
  Addition_TI l17_xor (
    .port_x0_0 (m57_mul_port_y_0[2:0]), //i
    .port_x1_0 (l1_xor_port_y_0[2:0] ), //i
    .port_y_0  (l17_xor_port_y_0[2:0])  //o
  );
  Addition_TI l18_xor (
    .port_x0_0 (m58_mul_port_y_0[2:0]), //i
    .port_x1_0 (l8_xor_port_y_0[2:0] ), //i
    .port_y_0  (l18_xor_port_y_0[2:0])  //o
  );
  Addition_TI l19_xor (
    .port_x0_0 (m63_mul_port_y_0[2:0]), //i
    .port_x1_0 (l4_xor_port_y_0[2:0] ), //i
    .port_y_0  (l19_xor_port_y_0[2:0])  //o
  );
  Addition_TI l20_xor (
    .port_x0_0 (l0_xor_port_y_0[2:0] ), //i
    .port_x1_0 (l1_xor_port_y_0[2:0] ), //i
    .port_y_0  (l20_xor_port_y_0[2:0])  //o
  );
  Addition_TI l21_xor (
    .port_x0_0 (l1_xor_port_y_0[2:0] ), //i
    .port_x1_0 (l7_xor_port_y_0[2:0] ), //i
    .port_y_0  (l21_xor_port_y_0[2:0])  //o
  );
  Addition_TI l22_xor (
    .port_x0_0 (l3_xor_port_y_0[2:0] ), //i
    .port_x1_0 (l12_xor_port_y_0[2:0]), //i
    .port_y_0  (l22_xor_port_y_0[2:0])  //o
  );
  Addition_TI l23_xor (
    .port_x0_0 (l18_xor_port_y_0[2:0]), //i
    .port_x1_0 (l2_xor_port_y_0[2:0] ), //i
    .port_y_0  (l23_xor_port_y_0[2:0])  //o
  );
  Addition_TI l24_xor (
    .port_x0_0 (l15_xor_port_y_0[2:0]), //i
    .port_x1_0 (l9_xor_port_y_0[2:0] ), //i
    .port_y_0  (l24_xor_port_y_0[2:0])  //o
  );
  Addition_TI l25_xor (
    .port_x0_0 (l6_xor_port_y_0[2:0] ), //i
    .port_x1_0 (l10_xor_port_y_0[2:0]), //i
    .port_y_0  (l25_xor_port_y_0[2:0])  //o
  );
  Addition_TI l26_xor (
    .port_x0_0 (l7_xor_port_y_0[2:0] ), //i
    .port_x1_0 (l9_xor_port_y_0[2:0] ), //i
    .port_y_0  (l26_xor_port_y_0[2:0])  //o
  );
  Addition_TI l27_xor (
    .port_x0_0 (l8_xor_port_y_0[2:0] ), //i
    .port_x1_0 (l10_xor_port_y_0[2:0]), //i
    .port_y_0  (l27_xor_port_y_0[2:0])  //o
  );
  Addition_TI l28_xor (
    .port_x0_0 (l11_xor_port_y_0[2:0]), //i
    .port_x1_0 (l14_xor_port_y_0[2:0]), //i
    .port_y_0  (l28_xor_port_y_0[2:0])  //o
  );
  Addition_TI l29_xor (
    .port_x0_0 (l11_xor_port_y_0[2:0]), //i
    .port_x1_0 (l17_xor_port_y_0[2:0]), //i
    .port_y_0  (l29_xor_port_y_0[2:0])  //o
  );
  Addition_TI s0 (
    .port_x0_0 (l6_xor_port_y_0[2:0] ), //i
    .port_x1_0 (l24_xor_port_y_0[2:0]), //i
    .port_y_0  (s0_port_y_0[2:0]     )  //o
  );
  Addition_Inv_TI s1 (
    .port_x0_0 (l16_xor_port_y_0[2:0]), //i
    .port_x1_0 (l26_xor_port_y_0[2:0]), //i
    .port_y_0  (s1_port_y_0[2:0]     )  //o
  );
  Addition_Inv_TI s2 (
    .port_x0_0 (l19_xor_port_y_0[2:0]), //i
    .port_x1_0 (l28_xor_port_y_0[2:0]), //i
    .port_y_0  (s2_port_y_0[2:0]     )  //o
  );
  Addition_TI s3 (
    .port_x0_0 (l6_xor_port_y_0[2:0] ), //i
    .port_x1_0 (l21_xor_port_y_0[2:0]), //i
    .port_y_0  (s3_port_y_0[2:0]     )  //o
  );
  Addition_TI s4 (
    .port_x0_0 (l20_xor_port_y_0[2:0]), //i
    .port_x1_0 (l22_xor_port_y_0[2:0]), //i
    .port_y_0  (s4_port_y_0[2:0]     )  //o
  );
  Addition_TI s5 (
    .port_x0_0 (l25_xor_port_y_0[2:0]), //i
    .port_x1_0 (l29_xor_port_y_0[2:0]), //i
    .port_y_0  (s5_port_y_0[2:0]     )  //o
  );
  Addition_Inv_TI s6 (
    .port_x0_0 (l13_xor_port_y_0[2:0]), //i
    .port_x1_0 (l27_xor_port_y_0[2:0]), //i
    .port_y_0  (s6_port_y_0[2:0]     )  //o
  );
  Addition_Inv_TI s7 (
    .port_x0_0 (l6_xor_port_y_0[2:0] ), //i
    .port_x1_0 (l23_xor_port_y_0[2:0]), //i
    .port_y_0  (s7_port_y_0[2:0]     )  //o
  );
  assign in_x0_0 = port_i_0_7;
  assign in_x1_0 = port_i_0_6;
  assign in_x2_0 = port_i_0_5;
  assign in_x3_0 = port_i_0_4;
  assign in_x4_0 = port_i_0_3;
  assign in_x5_0 = port_i_0_2;
  assign in_x6_0 = port_i_0_1;
  assign in_x7_0 = port_i_0_0;
  assign x7_0 = in_x7_0;
  assign t1_0 = t1_xor_port_y_0;
  assign t2_0 = t2_xor_port_y_0;
  assign t3_0 = t3_xor_port_y_0;
  assign t4_0 = t4_xor_port_y_0;
  assign t6_0 = t6_xor_port_y_0;
  assign t7_0 = t7_xor_port_y_0;
  assign t8_0 = t8_xor_port_y_0;
  assign t9_0 = t9_xor_port_y_0;
  assign t10_0 = t10_xor_port_y_0;
  assign t13_0 = t13_xor_port_y_0;
  assign t14_0 = t14_xor_port_y_0;
  assign t15_0 = t15_xor_port_y_0;
  assign t16_0 = t16_xor_port_y_0;
  assign t17_0 = t17_xor_port_y_0;
  assign t19_0 = t19_xor_port_y_0;
  assign t20_0 = t20_xor_port_y_0;
  assign t22_0 = t22_xor_port_y_0;
  assign t23_0 = t23_xor_port_y_0;
  assign t24_0 = t24_xor_port_y_0;
  assign t25_0 = t25_xor_port_y_0;
  assign t26_0 = t26_xor_port_y_0;
  assign t27_0 = t27_xor_port_y_0;
  assign x7_1_0 = x7_0;
  assign t1_1_0 = t1_0;
  assign t2_1_0 = t2_0;
  assign t3_1_0 = t3_0;
  assign t4_1_0 = t4_0;
  assign t6_1_0 = t6_0;
  assign t8_1_0 = t8_0;
  assign t9_1_0 = t9_0;
  assign t10_1_0 = t10_0;
  assign t13_1_0 = t13_0;
  assign t15_1_0 = t15_0;
  assign t16_1_0 = t16_0;
  assign t17_1_0 = t17_0;
  assign t19_1_0 = t19_0;
  assign t20_1_0 = t20_0;
  assign t22_1_0 = t22_0;
  assign t23_1_0 = t23_0;
  assign t27_1_0 = t27_0;
  assign m21_0 = m21_xor_port_y_0;
  assign m23_0 = m23_xor_port_y_0;
  assign m24_0 = m24_xor_port_y_0;
  assign m27_0 = m27_xor_port_y_0;
  assign x7_2_0 = x7_1_0;
  assign t1_2_0 = t1_1_0;
  assign t2_2_0 = t2_1_0;
  assign t3_2_0 = t3_1_0;
  assign t4_2_0 = t4_1_0;
  assign t6_2_0 = t6_1_0;
  assign t8_2_0 = t8_1_0;
  assign t9_2_0 = t9_1_0;
  assign t10_2_0 = t10_1_0;
  assign t13_2_0 = t13_1_0;
  assign t15_2_0 = t15_1_0;
  assign t16_2_0 = t16_1_0;
  assign t17_2_0 = t17_1_0;
  assign t19_2_0 = t19_1_0;
  assign t20_2_0 = t20_1_0;
  assign t22_2_0 = t22_1_0;
  assign t23_2_0 = t23_1_0;
  assign t27_2_0 = t27_1_0;
  assign m21_1_0 = m21_0;
  assign m23_1_0 = m23_0;
  assign m33_0 = m33_xor_port_y_0;
  assign m36_0 = m36_xor_port_y_0;
  assign out_y0_0 = s0_port_y_0;
  assign out_y1_0 = s1_port_y_0;
  assign out_y2_0 = s2_port_y_0;
  assign out_y3_0 = s3_port_y_0;
  assign out_y4_0 = s4_port_y_0;
  assign out_y5_0 = s5_port_y_0;
  assign out_y6_0 = s6_port_y_0;
  assign out_y7_0 = s7_port_y_0;
  assign port_o_0_7 = out_y0_0;
  assign port_o_0_6 = out_y1_0;
  assign port_o_0_5 = out_y2_0;
  assign port_o_0_4 = out_y3_0;
  assign port_o_0_3 = out_y4_0;
  assign port_o_0_2 = out_y5_0;
  assign port_o_0_1 = out_y6_0;
  assign port_o_0_0 = out_y7_0;

endmodule

//Addition_Inv_TI replaced by Addition_Inv_TI

//Addition_Inv_TI replaced by Addition_Inv_TI

//Addition_TI replaced by Addition_TI

//Addition_TI replaced by Addition_TI

//Addition_TI replaced by Addition_TI

//Addition_Inv_TI replaced by Addition_Inv_TI

module Addition_Inv_TI (
  input      [2:0]    port_x0_0,
  input      [2:0]    port_x1_0,
  output reg [2:0]    port_y_0
);


  always @(*) begin
    port_y_0[0] = (! (port_x0_0[0] ^ port_x1_0[0]));
    port_y_0[1] = (! (port_x0_0[1] ^ port_x1_0[1]));
    port_y_0[2] = (! (port_x0_0[2] ^ port_x1_0[2]));
  end


endmodule

//Addition_TI replaced by Addition_TI

//Addition_TI replaced by Addition_TI

//Addition_TI replaced by Addition_TI

//Addition_TI replaced by Addition_TI

//Addition_TI replaced by Addition_TI

//Addition_TI replaced by Addition_TI

//Addition_TI replaced by Addition_TI

//Addition_TI replaced by Addition_TI

//Addition_TI replaced by Addition_TI

//Addition_TI replaced by Addition_TI

//Addition_TI replaced by Addition_TI

//Addition_TI replaced by Addition_TI

//Addition_TI replaced by Addition_TI

//Addition_TI replaced by Addition_TI

//Addition_TI replaced by Addition_TI

//Addition_TI replaced by Addition_TI

//Addition_TI replaced by Addition_TI

//Addition_TI replaced by Addition_TI

//Addition_TI replaced by Addition_TI

//Addition_TI replaced by Addition_TI

//Addition_TI replaced by Addition_TI

//Addition_TI replaced by Addition_TI

//Addition_TI replaced by Addition_TI

//Addition_TI replaced by Addition_TI

//Addition_TI replaced by Addition_TI

//Addition_TI replaced by Addition_TI

//Addition_TI replaced by Addition_TI

//Addition_TI replaced by Addition_TI

//Addition_TI replaced by Addition_TI

//Addition_TI replaced by Addition_TI

//Addition_TI replaced by Addition_TI

//Multiplication_TI replaced by Multiplication_TI

//Multiplication_TI replaced by Multiplication_TI

//Multiplication_TI replaced by Multiplication_TI

//Multiplication_TI replaced by Multiplication_TI

//Multiplication_TI replaced by Multiplication_TI

//Multiplication_TI replaced by Multiplication_TI

//Multiplication_TI replaced by Multiplication_TI

//Multiplication_TI replaced by Multiplication_TI

//Multiplication_TI replaced by Multiplication_TI

//Multiplication_TI replaced by Multiplication_TI

//Multiplication_TI replaced by Multiplication_TI

//Multiplication_TI replaced by Multiplication_TI

//Multiplication_TI replaced by Multiplication_TI

//Multiplication_TI replaced by Multiplication_TI

//Multiplication_TI replaced by Multiplication_TI

//Multiplication_TI replaced by Multiplication_TI

//Multiplication_TI replaced by Multiplication_TI

//Multiplication_TI replaced by Multiplication_TI

//Addition_TI replaced by Addition_TI

//Addition_TI replaced by Addition_TI

//Addition_TI replaced by Addition_TI

//Addition_TI replaced by Addition_TI

//Addition_TI replaced by Addition_TI

//Addition_TI replaced by Addition_TI

//Addition_TI replaced by Addition_TI

//Addition_TI replaced by Addition_TI

//Addition_TI replaced by Addition_TI

//Addition_TI replaced by Addition_TI

//Multiplication_TI replaced by Multiplication_TI

//Addition_TI replaced by Addition_TI

//Multiplication_TI replaced by Multiplication_TI

//Multiplication_TI replaced by Multiplication_TI

//Multiplication_TI replaced by Multiplication_TI

//Addition_TI replaced by Addition_TI

//Addition_TI replaced by Addition_TI

//Multiplication_TI replaced by Multiplication_TI

//Multiplication_TI replaced by Multiplication_TI

//Addition_TI replaced by Addition_TI

//Multiplication_TI replaced by Multiplication_TI

//Addition_TI replaced by Addition_TI

//Addition_TI replaced by Addition_TI

//Addition_TI replaced by Addition_TI

//Addition_TI replaced by Addition_TI

//Addition_TI replaced by Addition_TI

//Addition_TI replaced by Addition_TI

//Addition_TI replaced by Addition_TI

//Addition_TI replaced by Addition_TI

//Addition_TI replaced by Addition_TI

//Addition_TI replaced by Addition_TI

//Addition_TI replaced by Addition_TI

//Addition_TI replaced by Addition_TI

//Addition_TI replaced by Addition_TI

//Addition_TI replaced by Addition_TI

//Addition_TI replaced by Addition_TI

//Multiplication_TI replaced by Multiplication_TI

//Multiplication_TI replaced by Multiplication_TI

//Multiplication_TI replaced by Multiplication_TI

//Multiplication_TI replaced by Multiplication_TI

//Multiplication_TI replaced by Multiplication_TI

//Multiplication_TI replaced by Multiplication_TI

//Multiplication_TI replaced by Multiplication_TI

//Multiplication_TI replaced by Multiplication_TI

module Multiplication_TI (
  input      [2:0]    port_x0_0,
  input      [2:0]    port_x1_0,
  output reg [2:0]    port_y_0
);


  always @(*) begin
    port_y_0[0] = (port_x0_0[0] && port_x1_0[0]);
    port_y_0[1] = (port_x0_0[1] && port_x1_0[1]);
    port_y_0[2] = (port_x0_0[2] && port_x1_0[2]);
  end


endmodule

//Addition_TI replaced by Addition_TI

//Addition_TI replaced by Addition_TI

//Addition_TI replaced by Addition_TI

//Addition_TI replaced by Addition_TI

//Addition_TI replaced by Addition_TI

//Addition_TI replaced by Addition_TI

//Addition_TI replaced by Addition_TI

//Addition_TI replaced by Addition_TI

//Addition_TI replaced by Addition_TI

//Addition_TI replaced by Addition_TI

//Addition_TI replaced by Addition_TI

//Addition_TI replaced by Addition_TI

//Addition_TI replaced by Addition_TI

//Addition_TI replaced by Addition_TI

//Addition_TI replaced by Addition_TI

//Addition_TI replaced by Addition_TI

//Addition_TI replaced by Addition_TI

//Addition_TI replaced by Addition_TI

//Addition_TI replaced by Addition_TI

//Addition_TI replaced by Addition_TI

//Addition_TI replaced by Addition_TI

//Addition_TI replaced by Addition_TI

//Addition_TI replaced by Addition_TI

//Addition_TI replaced by Addition_TI

//Addition_TI replaced by Addition_TI

//Addition_TI replaced by Addition_TI

module Addition_TI (
  input      [2:0]    port_x0_0,
  input      [2:0]    port_x1_0,
  output reg [2:0]    port_y_0
);


  always @(*) begin
    port_y_0[0] = (port_x0_0[0] ^ port_x1_0[0]);
    port_y_0[1] = (port_x0_0[1] ^ port_x1_0[1]);
    port_y_0[2] = (port_x0_0[2] ^ port_x1_0[2]);
  end


endmodule